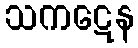
သကဋေန